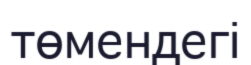
төмендегі